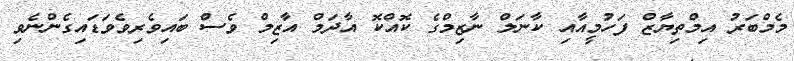
މެމްބަރު އިމްތިޔާޒް ފަހުމީއާއި ކާނަލް ނާޒިމްގެ ކޮއްކޮ އާދަމް އާޒިމް ވެސް ބައިވެރިވެވަޑައިގެންނެވި